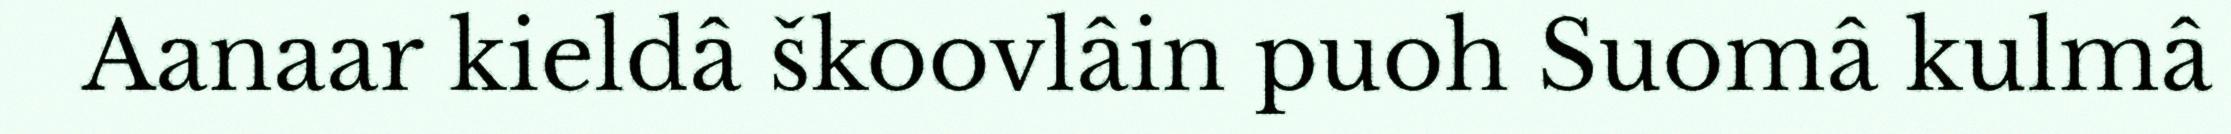
Aanaar kieldâ škoovlâin puoh Suomâ kulmâ